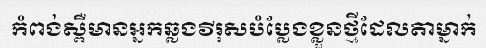
កំពង់ស្ពឺមានអ្នកឆ្លងវីរុសបំប្លែងខ្លួនថ្មីដែលតាម្នាក់